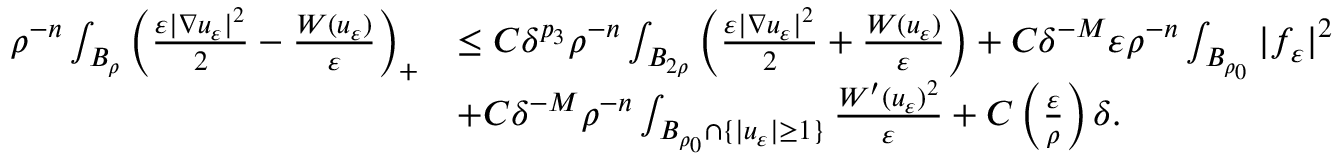
\begin{array} { r l } { \rho ^ { - n } \int _ { B _ { \rho } } \left( \frac { \varepsilon | \nabla u _ { \varepsilon } | ^ { 2 } } { 2 } - \frac { W ( u _ { \varepsilon } ) } { \varepsilon } \right) _ { + } } & { \leq C \delta ^ { p _ { 3 } } \rho ^ { - n } \int _ { B _ { 2 \rho } } \left( \frac { \varepsilon | \nabla u _ { \varepsilon } | ^ { 2 } } { 2 } + \frac { W ( u _ { \varepsilon } ) } { \varepsilon } \right) + C \delta ^ { - M } \varepsilon \rho ^ { - n } \int _ { B _ { \rho _ { 0 } } } | f _ { \varepsilon } | ^ { 2 } } \\ & { + C \delta ^ { - M } \rho ^ { - n } \int _ { B _ { \rho _ { 0 } } \cap \{ | u _ { \varepsilon } | \geq 1 \} } \frac { W ^ { \prime } ( u _ { \varepsilon } ) ^ { 2 } } { \varepsilon } + C \left( \frac { \varepsilon } { \rho } \right) \delta . } \end{array}